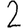
Digit: 2